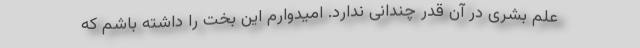
علم بشری در آن قدر چندانی ندارد. امیدوارم این بخت را داشته باشم که